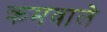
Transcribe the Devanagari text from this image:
क्रमवाले